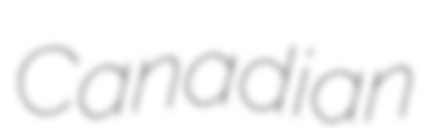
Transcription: Canadian